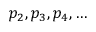
p _ { 2 } , p _ { 3 } , p _ { 4 } , \ldots